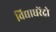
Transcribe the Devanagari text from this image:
विद्याधरेंद्रो